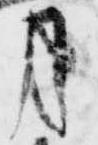
月